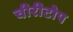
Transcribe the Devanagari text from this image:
चीरीटोप